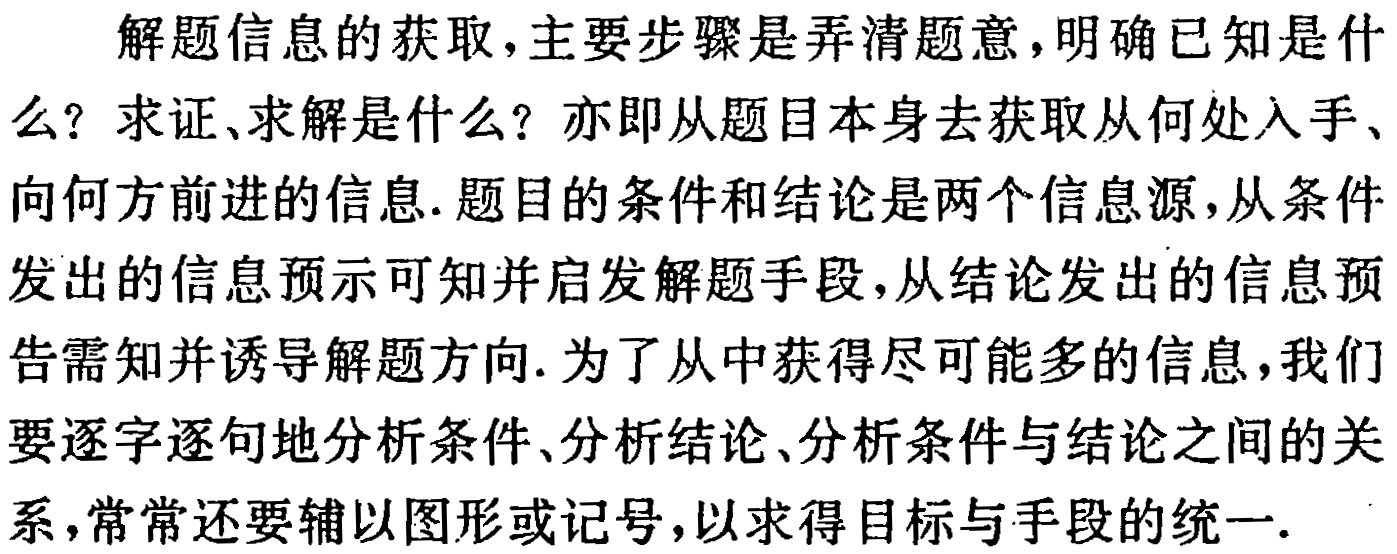
解题信息的获取，主要步骤是弄清题意，明确已知是什么？求证、求解是什么？亦即从题目本身去获取从何处入手、向何方前进的信息. 题目的条件和结论是两个信息源，从条件发出的信息预示可知并启发解题手段，从结论发出的信息预告需知并诱导解题方向. 为了从中获得尽可能多的信息，我们要逐字逐句地分析条件、分析结论、分析条件与结论之间的关系，常常还要辅以图形或记号，以求得目标与手段的统一.